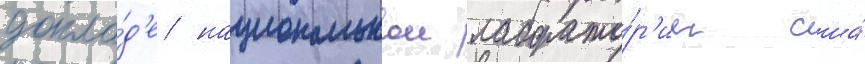
докла́д'е национальнои лаборато́р'ии сша́